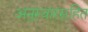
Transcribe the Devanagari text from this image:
अनुस्वारसहित